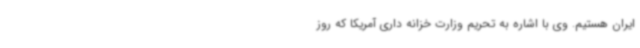
ایران هستیم. وی با اشاره به تحریم وزارت خزانه داری آمریکا که روز